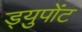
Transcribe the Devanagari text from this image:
ड्युपोंट